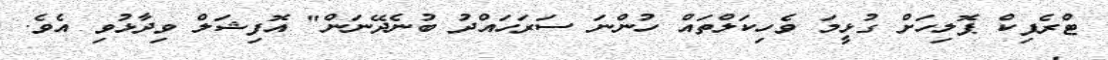
ޓްރެފިކް ޕޮލިހަށް ގުޅީމަ ވެހިކަލްތައް ހުންނަ ސަރަހައްދު ބުނެދޭނަން" އޮފިޝަލް ވިދާޅުވި އެވެ.